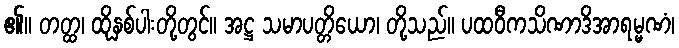
၏။ တတ္ထ၊ ထိုနှစ်ပါးတို့တွင်။ အဋ္ဌ သမာပတ္တိယော၊ တို့သည်။ ပထဝီကသိဏာဒိအာရမ္မဏံ၊